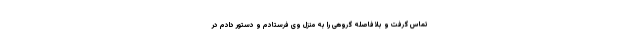
تماس گرفت و بلافاصله گروهی را به منزل وی فرستادم و دستور دادم در